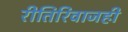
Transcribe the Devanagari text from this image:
रीतिरिवाजही